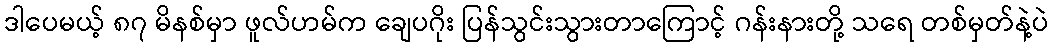
ဒါပေမယ့် ၈၇ မိနစ်မှာ ဖူလ်ဟမ်က ချေပဂိုး ပြန်သွင်းသွားတာကြောင့် ဂန်းနားတို့ သရေ တစ်မှတ်နဲ့ပဲ